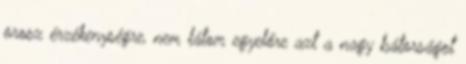
orosz érzékenységre, nem látom egyelőre azt a nagy bátorságot